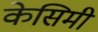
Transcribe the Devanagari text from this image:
केसिमी